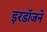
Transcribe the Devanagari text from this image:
इरडॉजने